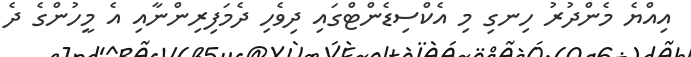
އިއްޔެ މެންދުރު ހިނގި މި އެކްސިޑެންޓްގައި ދިވެހި ދެމަފިރިންނާއި އެ މީހުންގެ ދެ